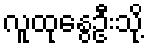
လူထုနွေဦးသို့